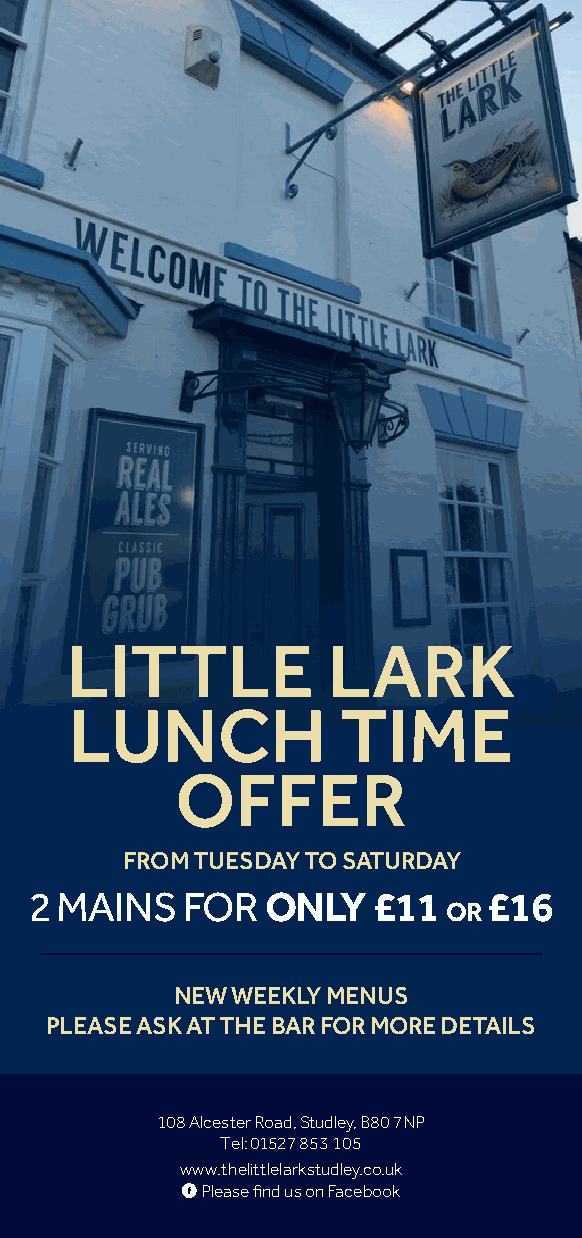
LITTLE           LARK
 LUNCH             TIME
 OFFER
 FROM TUESDAY TO SATURDAY
 2 MAINS   FORONLY      £11    £16
 OR
 NEW WEEKLY MENUS
 PLEASE ASK AT THE BAR FOR MORE DETAILS
 108 Alcester Road, Studley, B80 7NP
 Tel: 01527 853 105
 www.thelittlelarkstudley.co.uk
 Please find us on Facebook